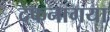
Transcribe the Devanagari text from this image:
दफनागया